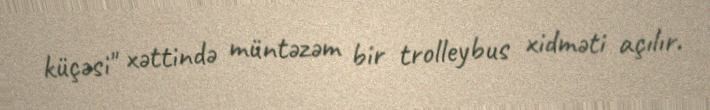
küçəsi" xəttində müntəzəm bir trolleybus xidməti açılır.